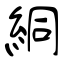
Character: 絧